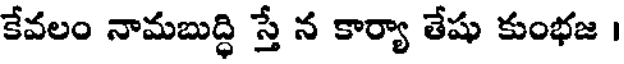
కేవలం నామబుద్ధి స్తే న కార్యా తేషు కుంభజ ।